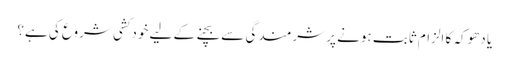
یا دھوکہ کا الزام ثابت ہونے پر شرمندگی سے بچنے کے لیے خودکشی شروع کی ہے؟